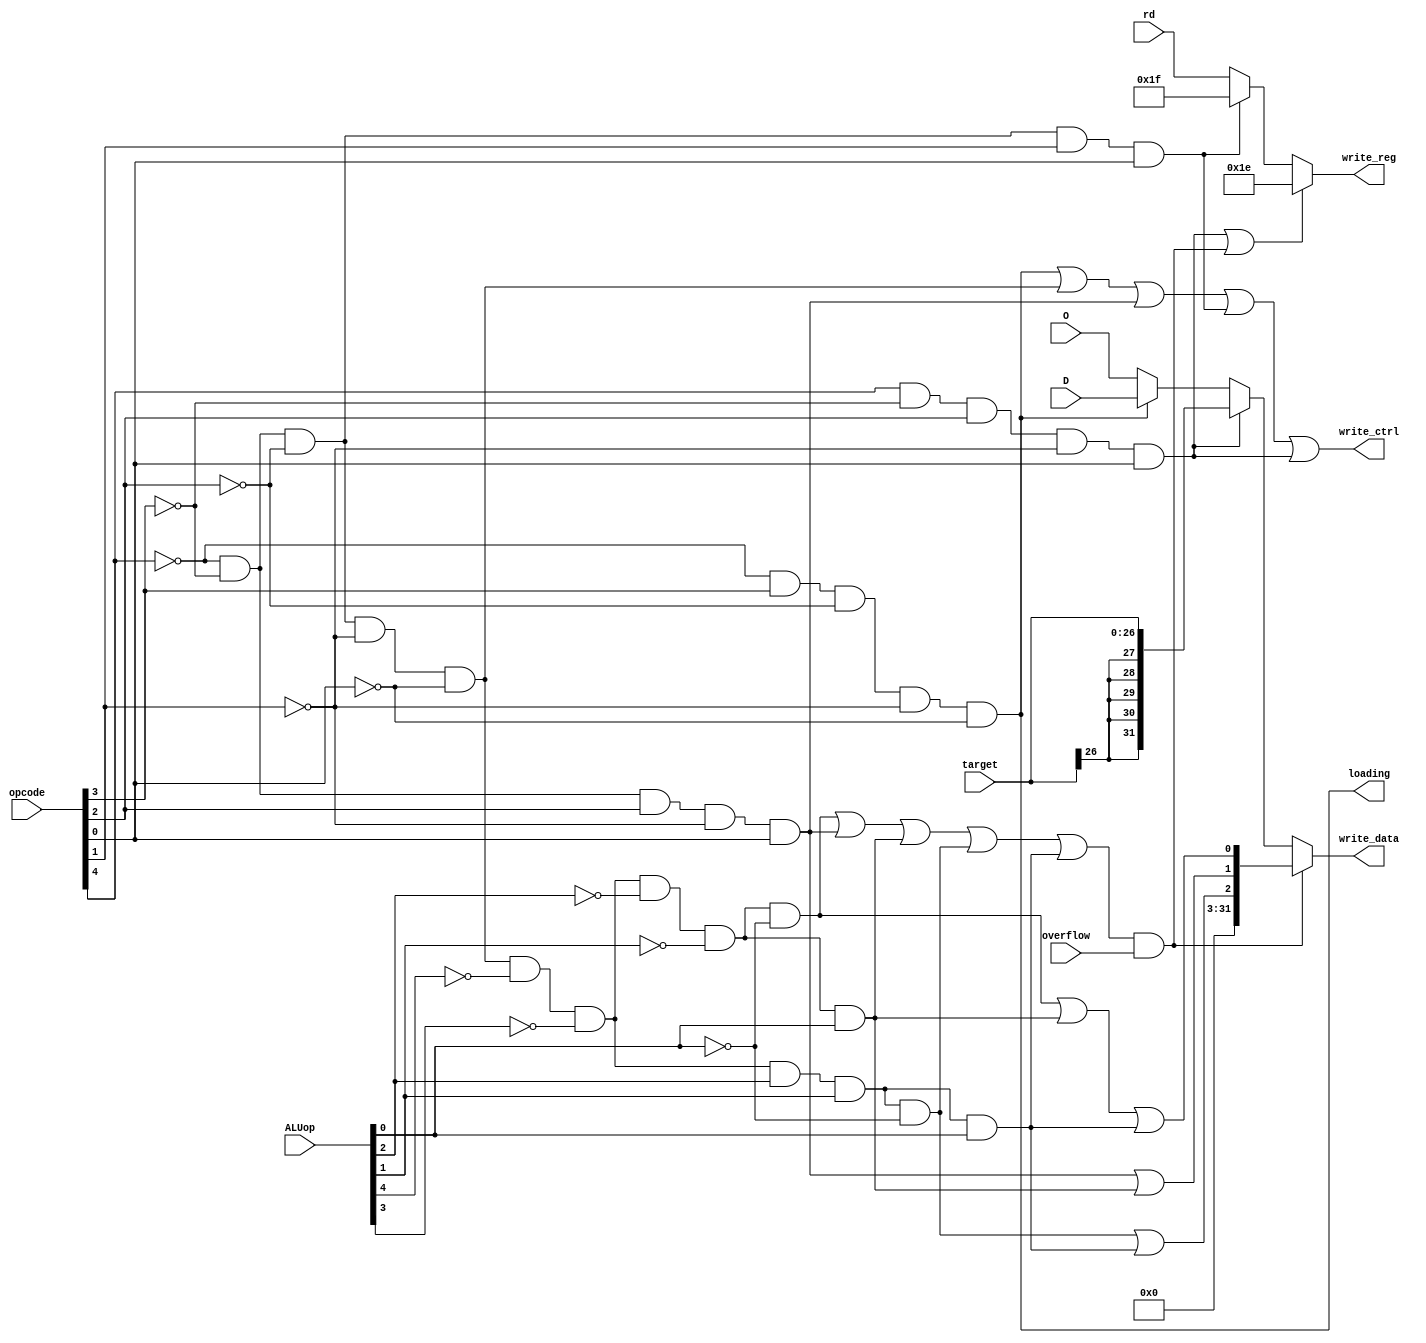
module w_control(write_data, write_ctrl, write_reg, loading, D, O, opcode, rd, target, overflow, ALUop);
        
    input[31:0] D, O;
    input[26:0] target;
    input[4:0] opcode, rd, ALUop;
    input overflow;

    output[31:0] write_data;
    output[4:0] write_reg;
    output write_ctrl, loading;

    wire[31:0] extended_target, write_data_temp, error_code, write_data_temp2;
    wire[4:0] write_reg_temp;
    wire[2:0] error_select;
    wire is_lw, is_add, is_addi, is_jal, is_setx, is_true_add, is_sub, is_mul, is_div;
    
    assign is_lw = ~opcode[4] && opcode[3] && ~opcode[2] && ~opcode[1] && ~opcode[0];
    assign is_add = ~opcode[4] && ~opcode[3] && ~opcode[2] && ~opcode[1] && ~opcode[0];
    assign is_addi = ~opcode[4] && ~opcode[3] && opcode[2] && ~opcode[1] && opcode[0];
    assign is_jal = ~opcode[4] && ~opcode[3] && ~opcode[2] && opcode[1] && opcode[0];
    assign is_setx = opcode[4] && ~opcode[3] && opcode[2] && ~opcode[1] && opcode[0];
    assign is_true_add = is_add && ~ALUop[4] && ~ALUop[3] && ~ALUop[2] && ~ALUop[1] && ~ALUop[0];
    assign is_sub = is_add && ~ALUop[4] && ~ALUop[3] && ~ALUop[2] && ~ALUop[1] && ALUop[0];
    assign is_mul = is_add && ~ALUop[4] && ~ALUop[3] && ALUop[2] && ALUop[1] && ~ALUop[0];
    assign is_div = is_add && ~ALUop[4] && ~ALUop[3] && ALUop[2] && ALUop[1] && ALUop[0];

    assign write_ctrl = is_lw || is_add || is_addi || is_jal || is_setx;

    assign write_data_temp = is_lw ? D : O;
    assign write_data_temp2 = is_setx ? extended_target : write_data_temp;
    assign write_data = ((is_true_add || is_addi || is_sub || is_mul || is_div) && overflow) ? error_code : write_data_temp2;

    assign write_reg_temp = is_jal ? 5'b11111 : rd;
    assign write_reg = is_setx || ((is_true_add || is_addi || is_sub || is_mul || is_div) && overflow) ? 5'b11110 : write_reg_temp;

    assign extended_target[26:0] = target;
    assign extended_target[27] = target[26];
    assign extended_target[28] = target[26];
    assign extended_target[29] = target[26];
    assign extended_target[30] = target[26];
    assign extended_target[31] = target[26];

    assign error_code[0] = is_true_add || is_sub || is_div;
    assign error_code[1] = is_addi || is_sub;
    assign error_code[2] = is_mul || is_div;
    assign error_code[31:3] = 30'b00000000000000000000000000000;
    
    assign loading = is_lw;

endmodule